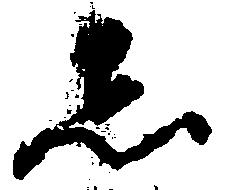
し